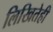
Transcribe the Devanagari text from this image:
लिखितेही